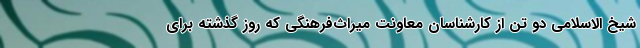
شیخ الاسلامی دو تن از کارشناسان معاونت میراث‌فرهنگی که روز گذشته برای